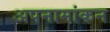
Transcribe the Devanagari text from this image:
अपनामांकन